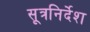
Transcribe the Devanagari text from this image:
सूत्रनिर्देश